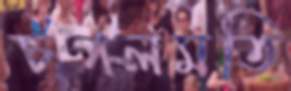
চপলমতি